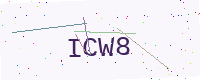
Text: ICW8